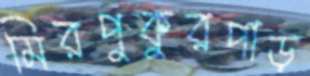
মিরপুকুরপাড়